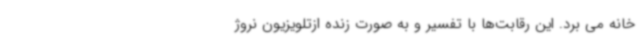
خانه می برد. این رقابت‌ها با تفسیر و به صورت زنده ازتلویزیون نروژ